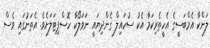
ލަންކާ އެމްބަސީގެ އެހީތެރިކަމާ އެކު ސުހައިލް ގެންދިޔައީ ނަވަލޯކާ ހޮސްޕިޓަލަށެވެ. އެތަނުގައި ވެސް